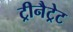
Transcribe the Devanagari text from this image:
ट्रीनैट्रेट